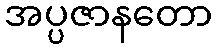
အပ္ပဇာနတော